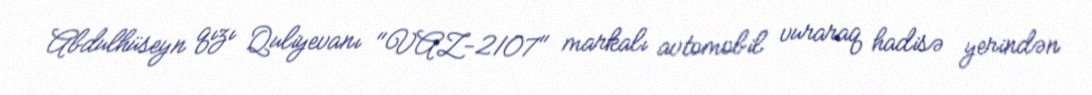
Abdulhüseyn qızı Quliyevanı "VAZ-2107" markalı avtomobil vuraraq hadisə yerindən